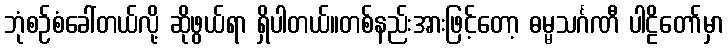
ဘုံစဉ်စံခေါ်တယ်လို့ ဆိုဖွယ်ရာ ရှိပါတယ်။တစ်နည်းအားဖြင့်တော့ ဓမ္မသင်္ဂဏီ ပါဠိတော်မှာ